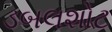
ડબલશોટ